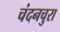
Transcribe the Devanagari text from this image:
चंदनचुरा